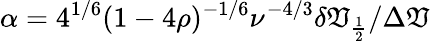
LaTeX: \alpha=4^{1/6}(1-4\rho)^{-1/6}\nu^{-4/3}\delta\mathfrak{V}_{\frac{{1}}{{2}}}/\Delta\mathfrak{V}